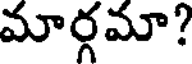
మార్గమా?